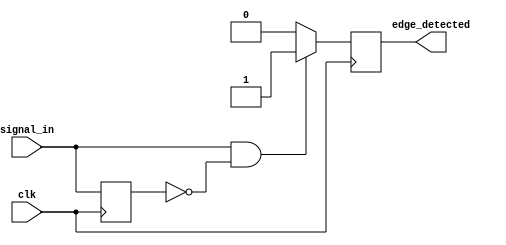
module rising_edge_detector (
    input wire clk,          // Clock input
    input wire signal_in,    // Input signal to detect rising edge
    output reg edge_detected  // Output signal indicating rising edge
);

    // Register to hold the previous state of signal_in
    reg signal_prev;

    // Asynchronous reset (optional) can be added if needed

    always @(posedge clk) begin
        // Edge detection logic
        if (signal_in == 1'b1 && signal_prev == 1'b0) begin
            edge_detected <= 1'b1; // Rising edge detected
        end else begin
            edge_detected <= 1'b0;  // Reset edge_detected after one clock cycle
        end
        
        // Update previous state for next cycle
        signal_prev <= signal_in;  
    end

    // Initialize signal_prev to 0 (optional, if you're using a reset, you can handle it there)
    initial begin
        signal_prev = 1'b0; // Initial state
        edge_detected = 1'b0; // Initial state
    end

endmodule